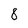
Character: 8